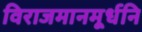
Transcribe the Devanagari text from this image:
विराजमानमूर्धनि